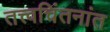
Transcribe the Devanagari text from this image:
तत्त्वचिंतनांत